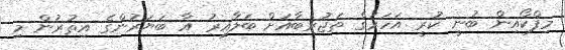
މިފްކޯއިން ބުނީ ކުރީ އަހަރުގެ ތަޖުރިބާއަށް ބަލާއިރު އާ ބަޔަރުންގެ އިތުރުން މި